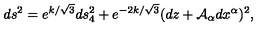
d s ^ { 2 } = e ^ { k / \sqrt { 3 } } d s _ { 4 } ^ { 2 } + e ^ { - 2 k / \sqrt { 3 } } ( d z + { \cal A } _ { \alpha } d x ^ { \alpha } ) ^ { 2 } ,